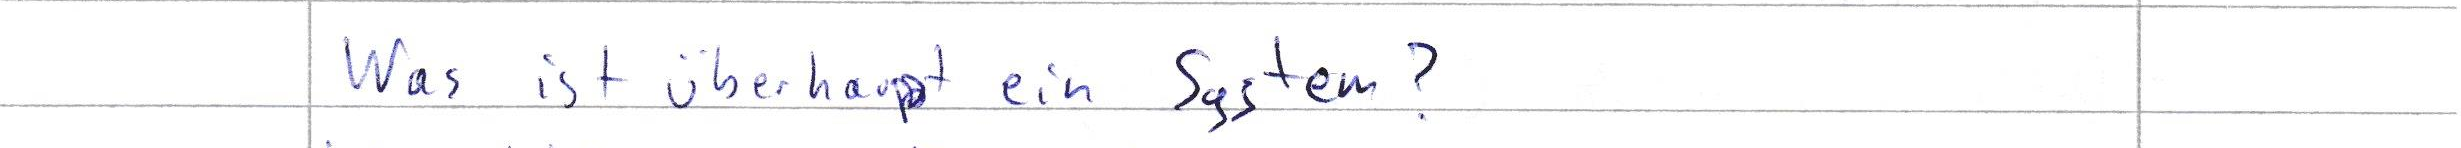
Was ist überhaupt ein System?